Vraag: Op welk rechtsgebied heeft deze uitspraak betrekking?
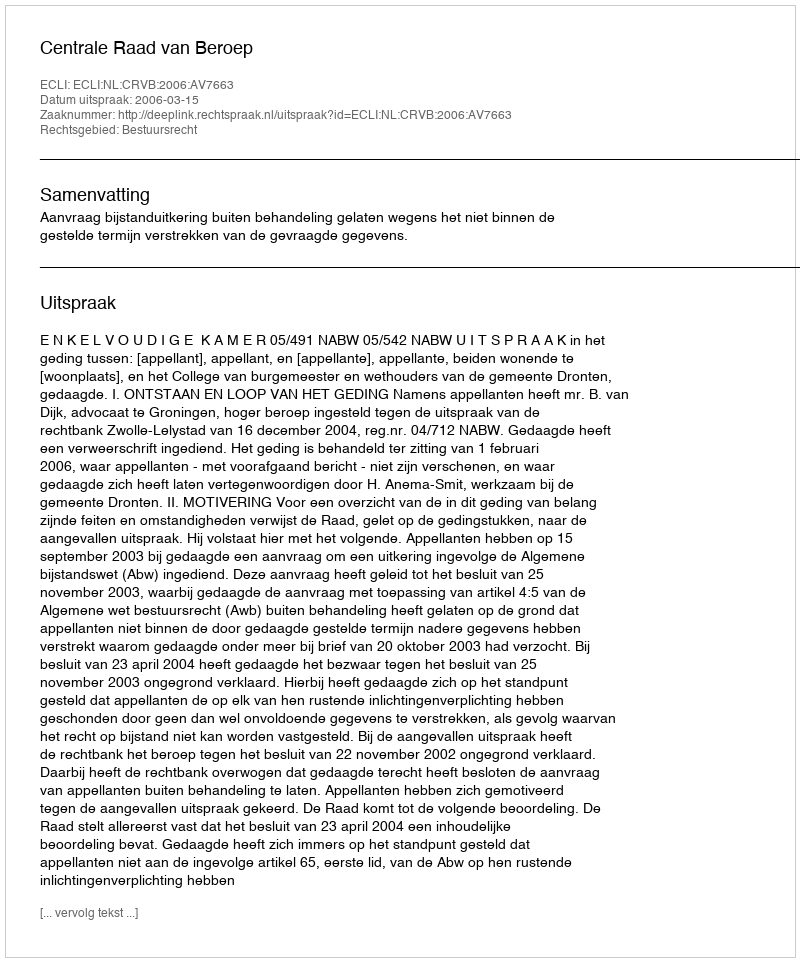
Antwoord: Bestuursrecht